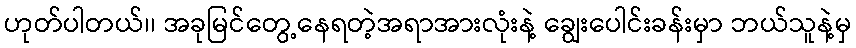
ဟုတ်ပါတယ်၊၊ အခုမြင်တွေ့နေရတဲ့အရာအားလုံးနဲ့ ချွေးပေါင်းခန်းမှာ ဘယ်သူနဲ့မှ